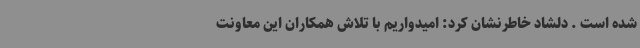
شده است . دلشاد خاطرنشان کرد: امیدواریم با تلاش همکاران این معاونت